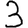
Digit: 3